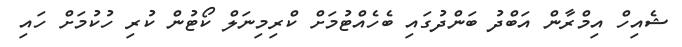
ޝެއިހް އިމްރާން އަބްދު ބަންދުގައި ބެހެއްޓުމަށް ކްރިމިނަލް ކޯޓުން ކުރި ހުކުމަށް ހައި